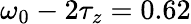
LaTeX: \omega_{0}-2\tau_{z}=0.62